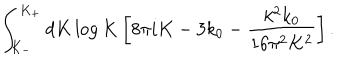
\int _ { K _ { - } } ^ { K _ { + } } d K \log K \left[ 8 \pi i K - 3 k _ { 0 } - \frac { k ^ { 2 } k _ { 0 } } { 1 6 \pi ^ { 2 } K ^ { 2 } } \right] .